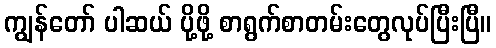
ကျွန်တော် ပါဆယ် ပို့ဖို့ စာရွက်စာတမ်းတွေလုပ်ပြီးပြီ။